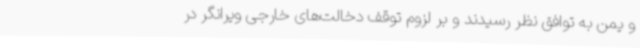
و یمن به توافق نظر رسیدند و بر لزوم توقف دخالت‌های خارجی ویرانگر در